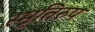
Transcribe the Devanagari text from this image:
स्मृतिरुप